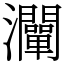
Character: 灛